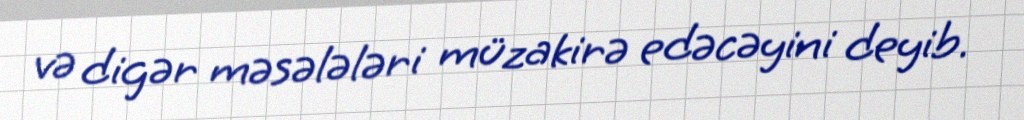
və digər məsələləri müzakirə edəcəyini deyib.